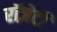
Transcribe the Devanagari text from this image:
रॉज़ेटी